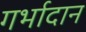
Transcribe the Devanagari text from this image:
गर्भादान